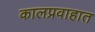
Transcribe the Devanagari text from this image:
कालप्रवाहात